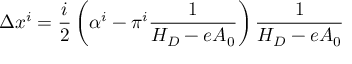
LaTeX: \Delta x ^ { i } = \frac i 2 \left( \alpha ^ { i } - \pi ^ { i } \frac 1 { H _ { D } - e A _ { 0 } } \right) \frac 1 { H _ { D } - e A _ { 0 } }